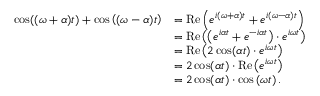
{ \begin{array} { r l } { \cos ( ( \omega + \alpha ) t ) + \cos \left( ( \omega - \alpha ) t \right) } & { = \operatorname { R e } \left( e ^ { i ( \omega + \alpha ) t } + e ^ { i ( \omega - \alpha ) t } \right) } \\ & { = \operatorname { R e } \left( \left( e ^ { i \alpha t } + e ^ { - i \alpha t } \right) \cdot e ^ { i \omega t } \right) } \\ & { = \operatorname { R e } \left( 2 \cos ( \alpha t ) \cdot e ^ { i \omega t } \right) } \\ & { = 2 \cos ( \alpha t ) \cdot \operatorname { R e } \left( e ^ { i \omega t } \right) } \\ & { = 2 \cos ( \alpha t ) \cdot \cos \left( \omega t \right) . } \end{array} }